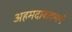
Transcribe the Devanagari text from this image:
अहमदाबादमार्गे